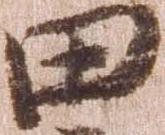
田